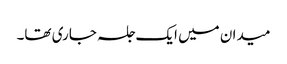
میدان میں ایک جلسہ جاری تھا۔